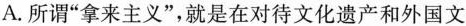
A.所谓“拿来主义”，就是在对待文化遗产和外国文